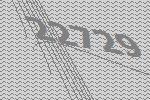
22729